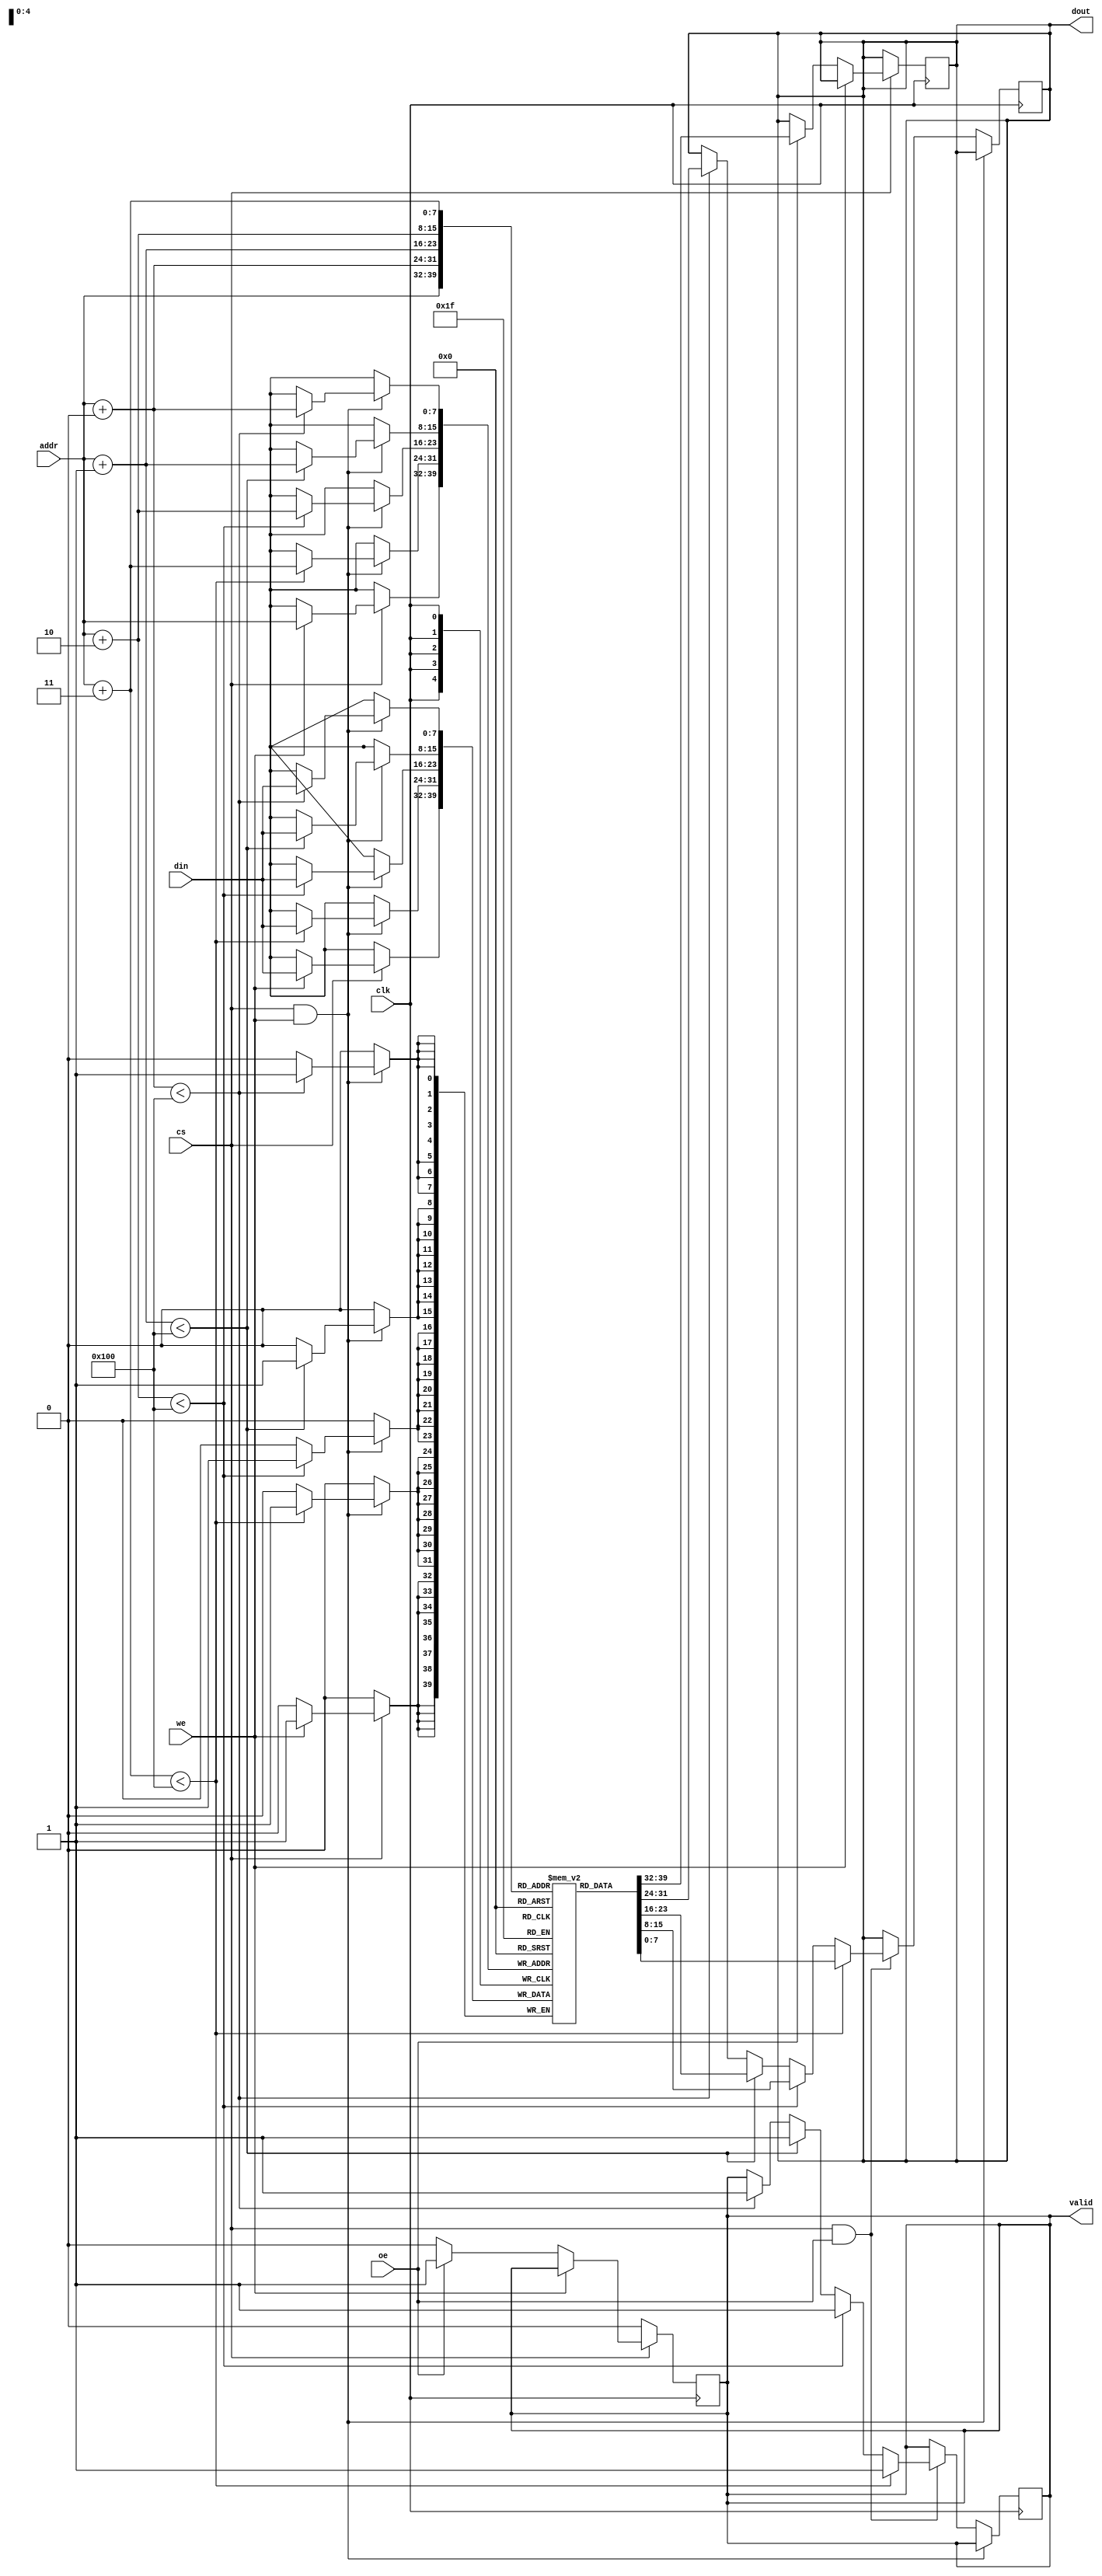
module BurstSRAM #(
    parameter ADDR_WIDTH = 8, // Address width (for 256 x 256 bits)
    parameter DATA_WIDTH = 8,  // Data bus width (8, 16, or 32 bits)
    parameter BURST_LENGTH = 4  // Configurable burst length (4, 8, 16)
) (
    input wire clk,             // Clock signal
    input wire cs,              // Chip Select
    input wire we,              // Write Enable
    input wire oe,              // Output Enable
    input wire [ADDR_WIDTH-1:0] addr, // Address input
    input wire [DATA_WIDTH-1:0] din,  // Data input
    output reg [DATA_WIDTH-1:0] dout,  // Data output
    output reg valid            // Valid signal for output data
);

    // Memory array declaration
    reg [DATA_WIDTH-1:0] memory [(2**ADDR_WIDTH)-1:0];

    // Internal variables
    integer i;
    reg [ADDR_WIDTH-1:0] burst_addr;
    reg [3:0] burst_counter;

    // Initial block to initialize memory (optional)
    initial begin
        for (i = 0; i < (2**ADDR_WIDTH); i = i + 1) begin
            memory[i] = {DATA_WIDTH{1'b0}}; // Initialize memory to 0
        end
    end

    // Main memory operation
    always @(posedge clk) begin
        if (cs) begin
            if (we) begin
                // Write operation
                memory[addr] <= din; // Write data to memory
            end else if (oe) begin
                // Read operation
                dout <= memory[addr]; // Read data from memory
                valid <= 1'b1; // Indicate valid output
            end else begin
                valid <= 1'b0; // No valid output if neither read nor write
            end
        end else begin
            valid <= 1'b0; // Chip not selected
        end
    end

    // Burst operation control
    always @(posedge clk) begin
        if (cs && we) begin
            // Burst write operation
            for (burst_counter = 0; burst_counter < BURST_LENGTH; burst_counter = burst_counter + 1) begin
                burst_addr = addr + burst_counter;
                if (burst_addr < (2**ADDR_WIDTH)) begin
                    memory[burst_addr] <= din; // Write burst data
                end
            end
        end else if (cs && oe) begin
            // Burst read operation
            for (burst_counter = 0; burst_counter < BURST_LENGTH; burst_counter = burst_counter + 1) begin
                burst_addr = addr + burst_counter;
                if (burst_addr < (2**ADDR_WIDTH)) begin
                    dout <= memory[burst_addr]; // Read burst data
                    valid <= 1'b1; // Indicate valid output
                end
            end
        end
    end

endmodule